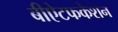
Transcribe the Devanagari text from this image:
बीऐटफकेशन